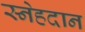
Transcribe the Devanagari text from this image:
स्नेहदान